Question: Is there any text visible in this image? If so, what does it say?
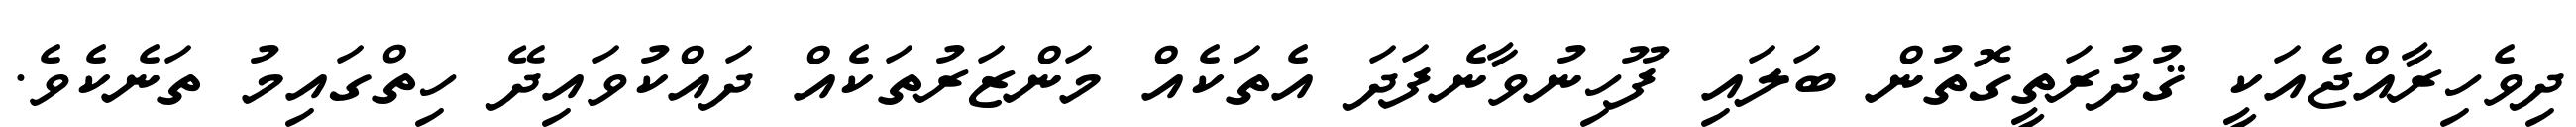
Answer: ދިވެހިރާއްޖެއަކީ ޤުދުރަތީގޮތުން ބަލައި ފޫހިނުވާނެފަދަ އެތަކެއް މަންޒަރުތަކެއް ދައްކުވައިދޭ ހިތްގައިމު ތަނެކެވެ.